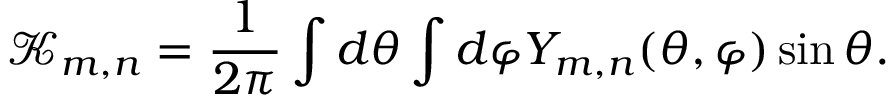
\mathcal K _ { m , n } = \frac { 1 } { 2 \pi } \int d \theta \int d \varphi Y _ { m , n } ( \theta , \varphi ) \sin \theta .